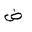
Letter: _dad